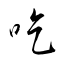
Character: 吃